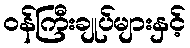
ဝန်ကြီးချုပ်များနှင့်